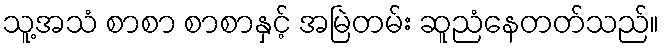
သူ့အသံ စာစာ စာစာနှင့် အမြဲတမ်း ဆူညံနေတတ်သည်။